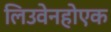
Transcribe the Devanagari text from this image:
लिउवेनहोएक